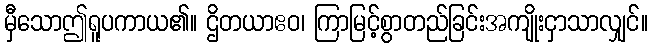
မှီသောဤရူပကာယ၏။ ဌိတယာဧဝ၊ ကြာမြင့်စွာတည်ခြင်းအကျိုးငှာသာလျှင်။